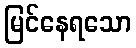
မြင်နေရသော